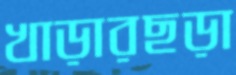
খাড়ারছড়া